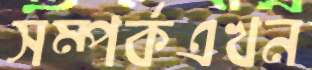
সম্পর্কএখন